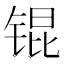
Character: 锟